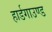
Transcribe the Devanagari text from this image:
हार्डगाउण्ड